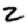
Digit: 2